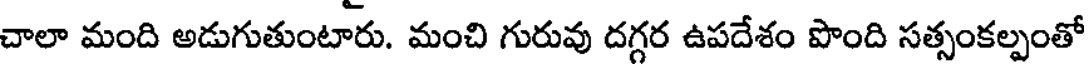
చాలా మంది అడుగుతుంటారు. మంచి గురువు దగ్గర ఉపదేశం పొంది సత్సంకల్పంతో